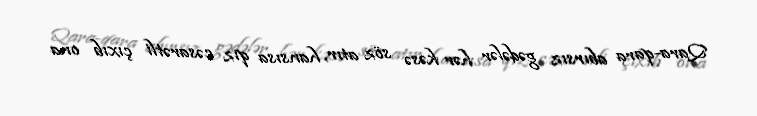
Qara-qara abırsız gədələr hər kəsə söz atır, hansısa qız cəsarətli çıxıb ona